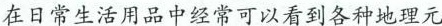
在日常生活用品中经常可以看到各种地理元素。右图所示的枕头上就有世界地图，读图完成 ”8~9题。8.在”枕面地图”中有一条横线，该线最有可能示 ① ②A.赤道 B.北回归线C.南极圈 D.南回归线9.在”枕面地图”中，①、②、③分别对应的大洋是A.太平洋、大西洋、印度洋 B.太平洋、印度洋、大西洋C.大西洋、太平洋、印度洋 D.印度洋、太平洋、大西洋